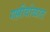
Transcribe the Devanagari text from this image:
गल्लीबोळात